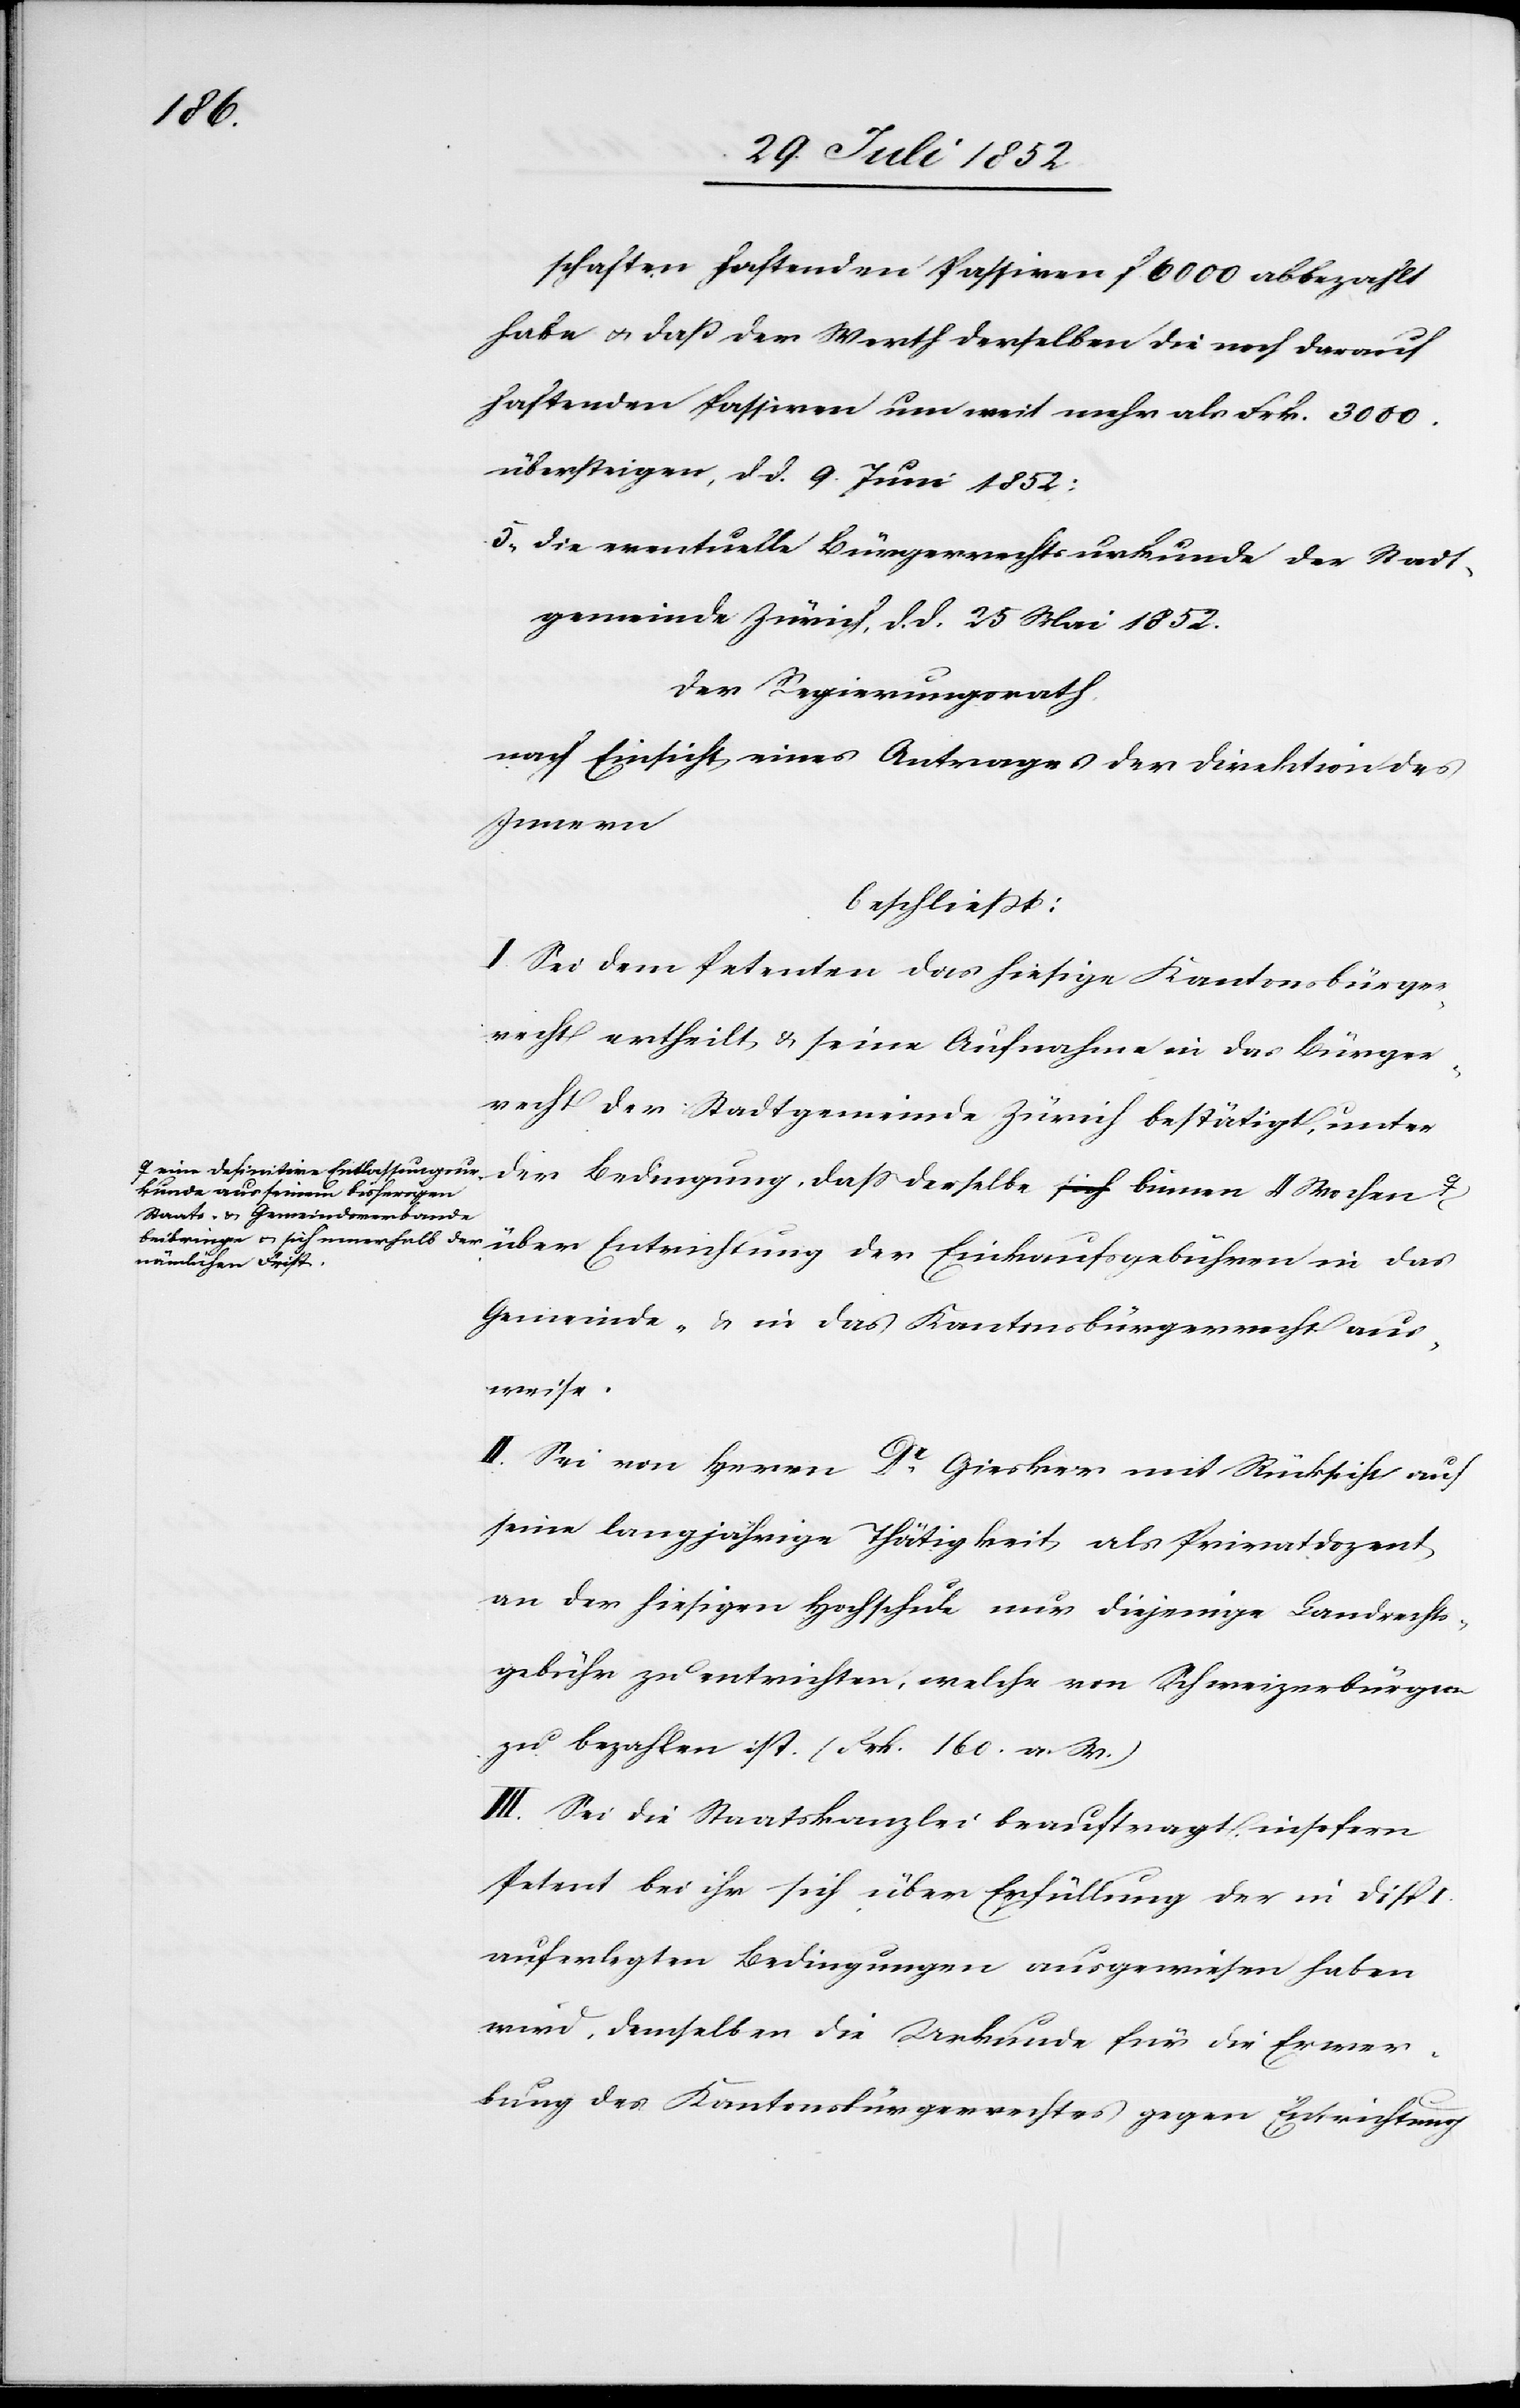
schaften haftenden Passiven f. 6000 abbezahlt
habe & daß der Werth derselben die noch darauf
haftenden Passiven um weit mehr als Frk. 3000.
übersteigen, d d. 9 Juni 1852;
die eventuelle Bürgerrechtsurkunde der Stadt¬
gemeinde Zürich, d. d. 25 Mai 1852.
Der Regierungsrath,
nach Einsicht eines Antrages der Direktion des
Innern
beschließt:
I. Sei dem Petenten das hiesige Kantonsbürger¬
recht ertheilt & seine Aufnahme in das Bürger¬
recht der Stadtgemeinde Zürich bestätigt, unter
kunde aus seinem bisherigen
Staats- & Gemeindsverbande
nkaufsgebühren in
Gemeinde- & in das Kantonsbürgerrecht aus¬
weise.
II. Sei von Herrn Dr. Giesker mit Rücksicht auf
seine langjährige Thätigkeit als Privatdozent
an der hiesigen Hochschule nur diejenige Landrechts¬
gebühr zu entrichten, welche von Schweizerbürgern
zu bezahlen ist. (Frk. 160. a. W.)
III. Sei die Staatskanzlei beauftragt, insofern
Petent bei ihr sich über Erfüllung der in Disp
auferlegten Bedingungen ausgewiesen haben
wird, demselben die Urkunde für die Erwer¬
bung des Kantonsbürgerrechtes gegen Entrichtung